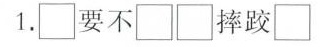
1.\Box 要不\Box \Box 摔跤